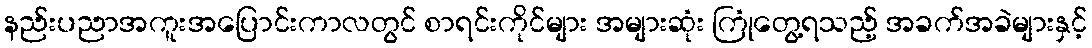
နည်းပညာအကူးအပြောင်းကာလတွင် စာရင်းကိုင်များ အများဆုံး ကြုံတွေ့ရသည့် အခက်အခဲများနှင့်